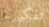
تفكيرك